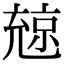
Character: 𠒨